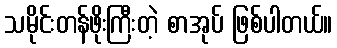
သမိုင်းတန်ဖိုးကြီးတဲ့ စာအုပ် ဖြစ်ပါတယ်။